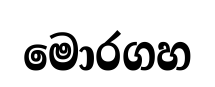
මොරගහ